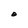
Character: O